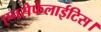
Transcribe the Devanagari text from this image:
एनसेफेलाईटिस।